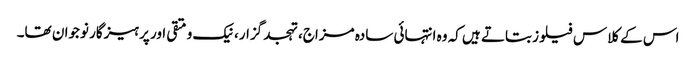
اس کے کلاس فیلوز بتاتے ہیں کہ وہ انتہائی سادہ مزاج، تہجد گزار، نیک و متقی اور پرہیزگار نوجوان تھا۔